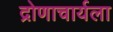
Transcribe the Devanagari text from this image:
द्रोणाचार्यला